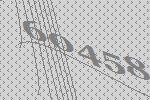
60458